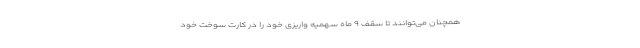
همچنان می‌توانند تا سقف ۹ ماه سهمیه واریزی خود را در کارت سوخت خود